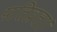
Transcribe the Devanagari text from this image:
पतिव्रता।